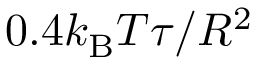
0 . 4 k _ { \mathrm { B } } T \tau / R ^ { 2 }